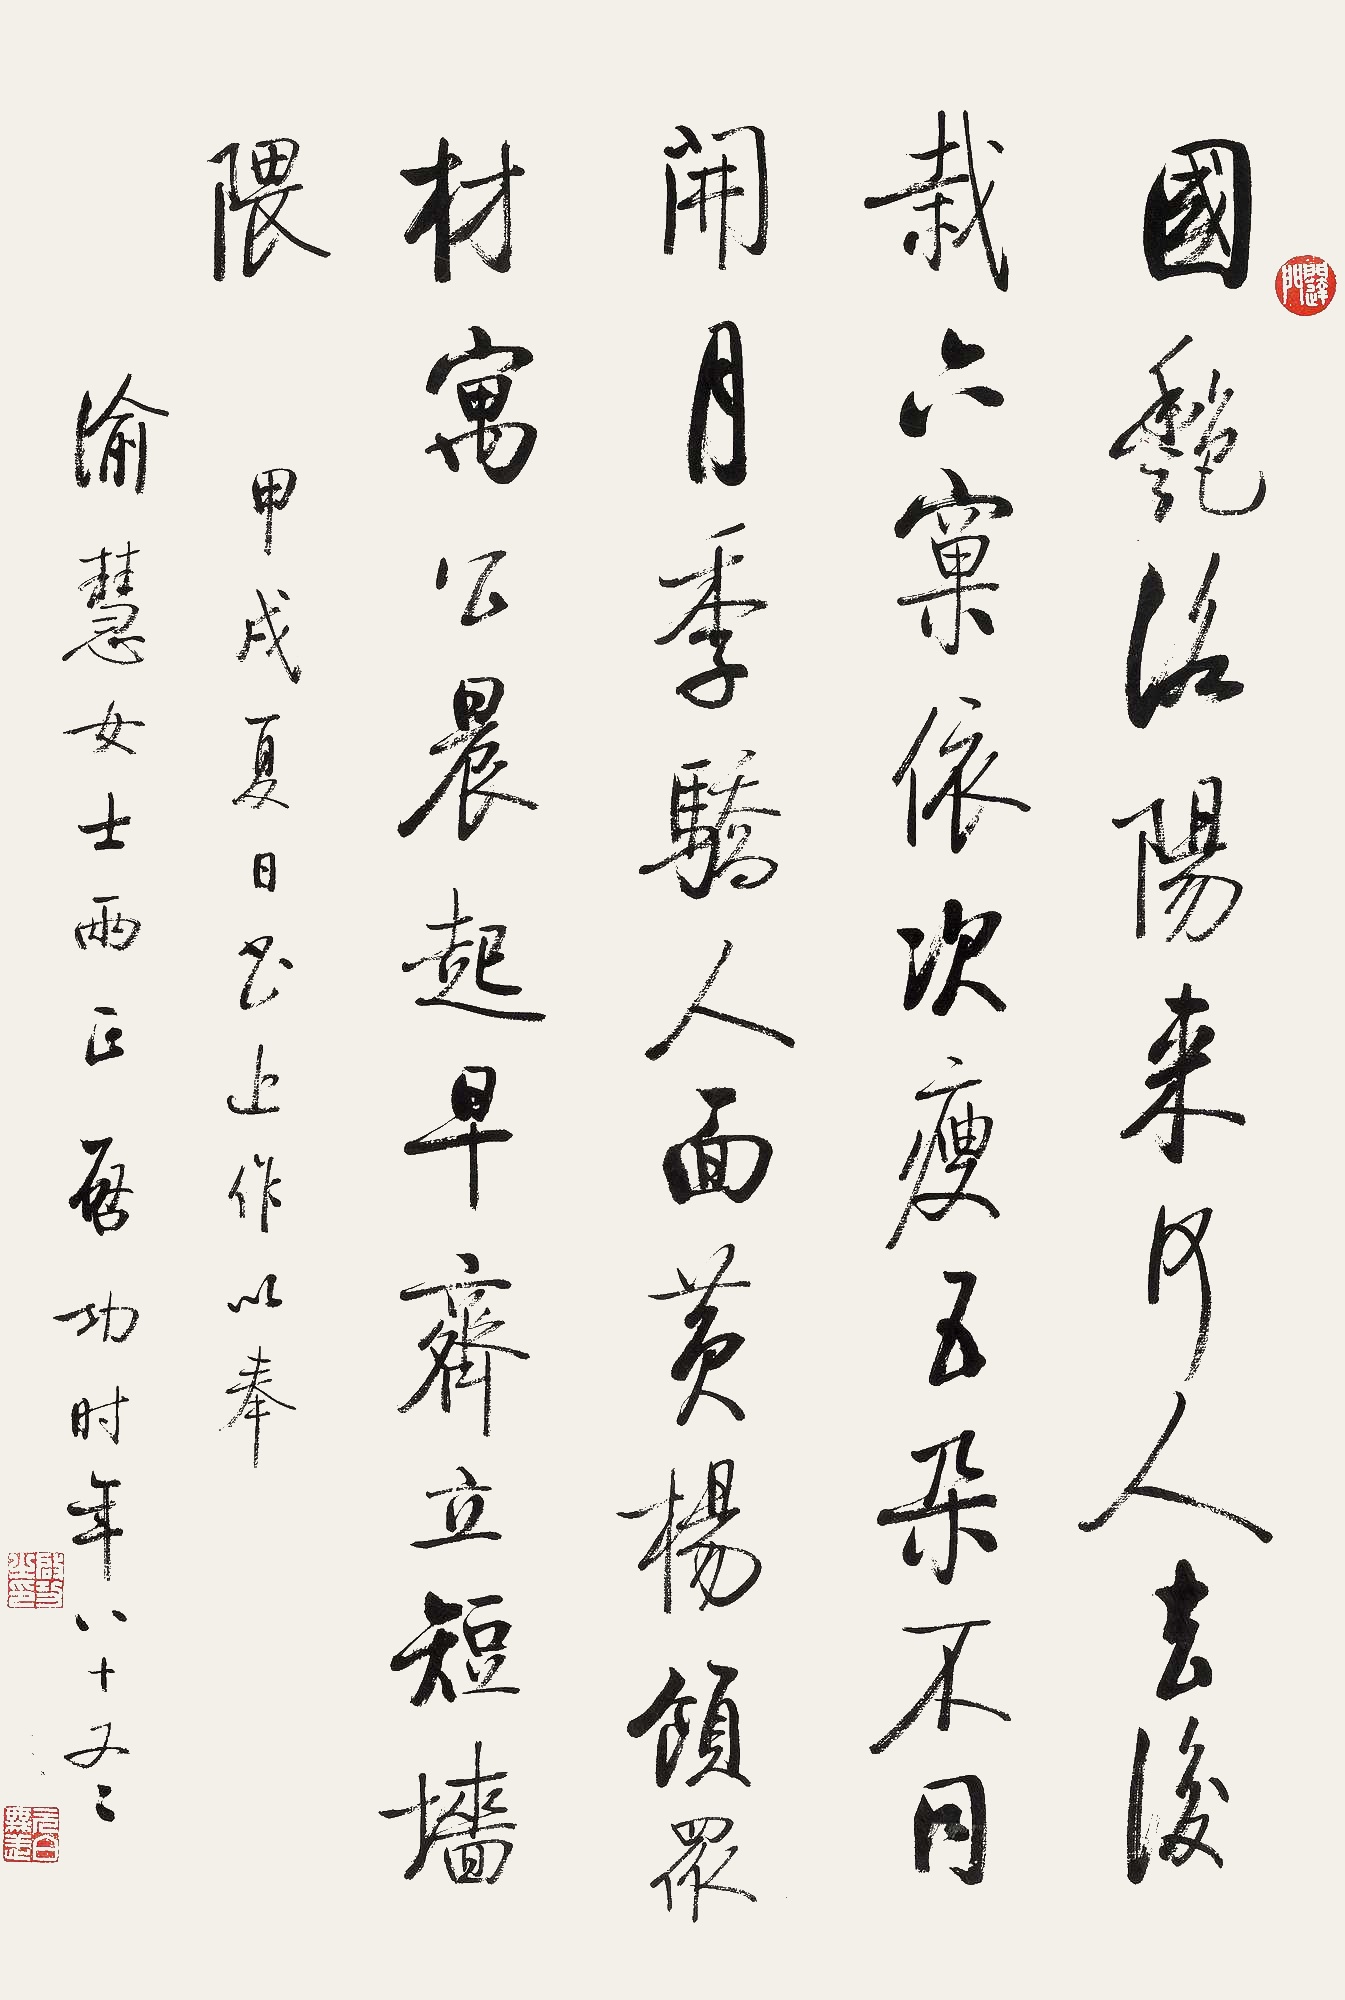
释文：国艳洛阳来，何人去后栽。六窠依次瘦，五朵不同开。月季骄人面，黄杨领众材。寓公晨起早，齐立短墙隈。甲戌夏日，书近作以奉渝慧女士两正。启功时年八十又二。